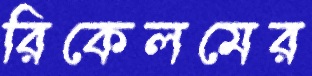
রিকেলমের